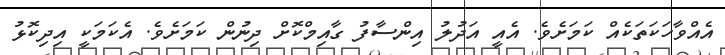
އެއްވާހަކަތަކެއް ކަމަށެވެ. އެއީ އަދުލު އިންސާފު ގާއިމްކޮށް ދިނުން ކަމަށެވެ. އެކަމަކީ އިދިކޮޅު